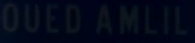
OUEDAMLIL